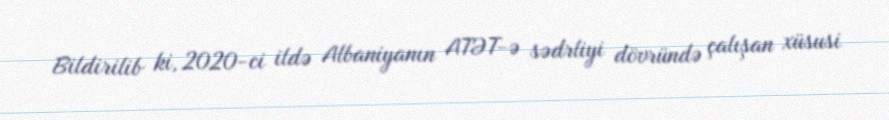
Bildirilib ki, 2020-ci ildə Albaniyanın ATƏT-ə sədrliyi dövründə çalışan xüsusi